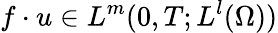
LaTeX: f\cdot u\in L^{m}(0,T;L^{l}(\Omega))